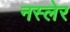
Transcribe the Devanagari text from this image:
नस्लेर